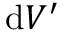
\mathrm { d } V ^ { \prime }